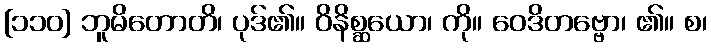
[၁၁၀] ဘူမိတောတိ၊ ပုဒ်၏။ ဝိနိစ္ဆယော၊ ကို။ ဝေဒိတဗ္ဗော၊ ၏။ စ၊